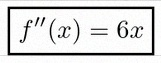
f''(x)=6x